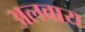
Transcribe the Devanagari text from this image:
अलवाय